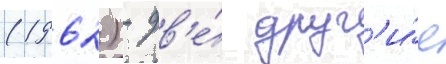
(1962) - дв'е́ друг'и́е